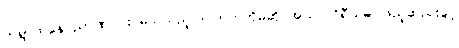
တရွာထဲနေ ညာဏ်ဝင်း မည်သည့်ပြိုင်ဘက်ကိုမဆို အယ်လဂိုရီသမ် ဖြည့်ဆည်းခွင့်